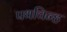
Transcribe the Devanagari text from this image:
पथचिन्ह